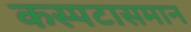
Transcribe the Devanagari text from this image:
कस्पटासमान